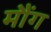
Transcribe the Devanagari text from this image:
मौंग